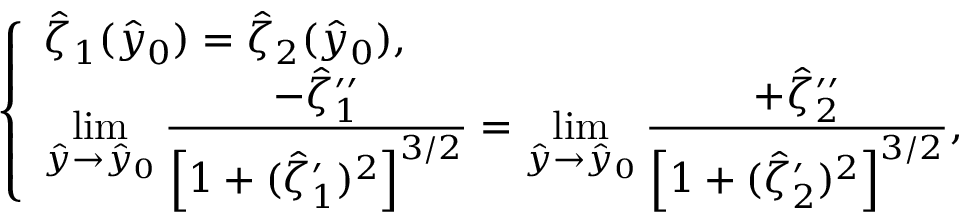
\left\{ \begin{array} { l l } { \hat { \zeta } _ { 1 } ( \hat { y } _ { 0 } ) = \hat { \zeta } _ { 2 } ( \hat { y } _ { 0 } ) , } \\ { \displaystyle \operatorname* { l i m } _ { \hat { y } \to \hat { y } _ { 0 } } \frac { - \hat { \zeta } _ { 1 } ^ { \prime \prime } } { \left[ 1 + ( \hat { \zeta } _ { 1 } ^ { \prime } ) ^ { 2 } \right] ^ { 3 / 2 } } = \displaystyle \operatorname* { l i m } _ { \hat { y } \to \hat { y } _ { 0 } } \frac { + \hat { \zeta } _ { 2 } ^ { \prime \prime } } { \left[ 1 + ( \hat { \zeta } _ { 2 } ^ { \prime } ) ^ { 2 } \right] ^ { 3 / 2 } } , } \end{array} \right.